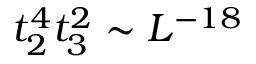
t _ { 2 } ^ { 4 } t _ { 3 } ^ { 2 } \sim L ^ { - 1 8 }